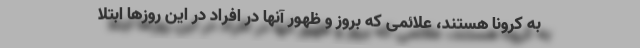
به کرونا هستند، علائمی که بروز و ظهور آنها در افراد در این روزها ابتلا